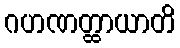
ဂဟဏတ္ထာယာတိ